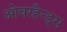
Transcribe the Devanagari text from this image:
ओवरहैन्ड्स